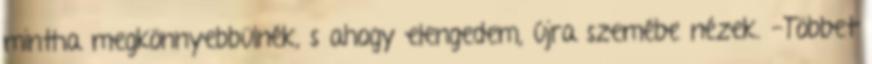
mintha megkönnyebbülnék, s ahogy elengedem, újra szemébe nézek. -Többet